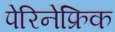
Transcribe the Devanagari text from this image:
पेरिनेफ्रिक